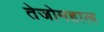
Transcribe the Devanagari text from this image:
तेजोमहाल